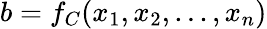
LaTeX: b=f_{C}(x_{1},x_{2},...,x_{n})